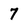
Character: 7